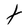
Character: t